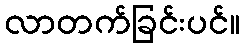
လာတက်ခြင်းပင်။